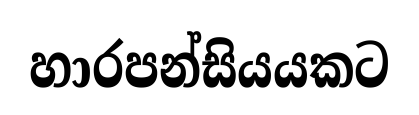
හාරපන්සියයකට